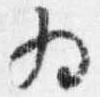
為